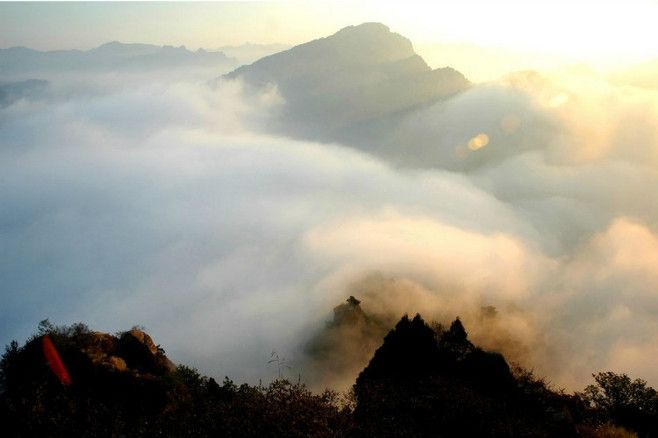
阳月南飞雁，传闻至此回。